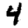
Digit: 4